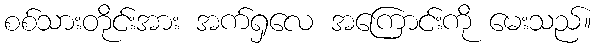
စစ်သားတိုင်းအား အက်ရှလေ အကြောင်းကို မေးသည်။